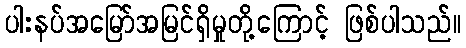
ပါးနပ်အမြော်အမြင်ရှိမှုတို့ကြောင့် ဖြစ်ပါသည်။